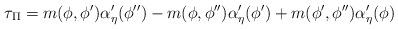
LaTeX: \begin{align*}\tau_{\Pi} =m(\phi, \phi')\alpha'_{\eta} (\phi'') -m(\phi, \phi'')\alpha'_{\eta} (\phi') +m(\phi', \phi'')\alpha'_{\eta} (\phi)\end{align*}